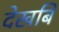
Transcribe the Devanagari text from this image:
देखबि